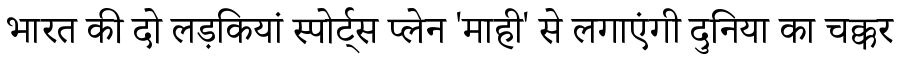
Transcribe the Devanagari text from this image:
भारत की दो लड़कियां स्पोर्ट्स प्लेन 'माही' से लगाएंगी दुनिया का चक्कर